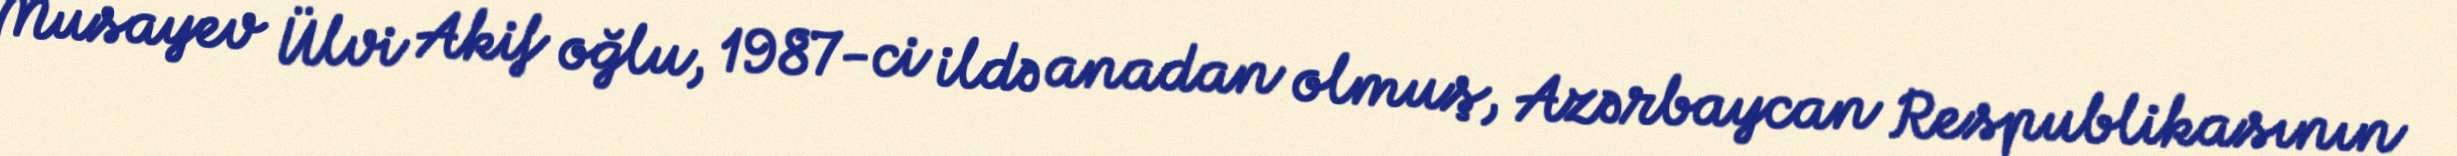
Musayev Ülvi Akif oğlu, 1987-ci ildə anadan olmuş, Azərbaycan Respublikasının